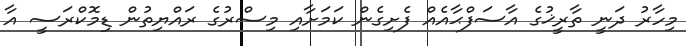
މިހާރު ދަނީ ތާރީޚުގެ އާސަފްޙާއެއް ފެށިގެން ކަމަށާއި މިސްރުގެ ރައްޔިތުން ޑިމޮކްރަސީ އާ